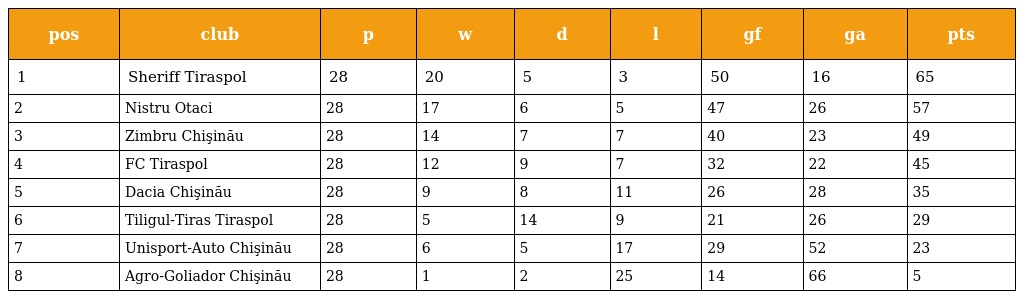
| pos | club | p | w | d | l | gf | ga | pts |
 | --- | --- | --- | --- | --- | --- | --- | --- | --- |
 | 1 | Sheriff Tiraspol | 28 | 20 | 5 | 3 | 50 | 16 | 65 |
 | 2 | Nistru Otaci | 28 | 17 | 6 | 5 | 47 | 26 | 57 |
 | 3 | Zimbru Chişinău | 28 | 14 | 7 | 7 | 40 | 23 | 49 |
 | 4 | FC Tiraspol | 28 | 12 | 9 | 7 | 32 | 22 | 45 |
 | 5 | Dacia Chişinău | 28 | 9 | 8 | 11 | 26 | 28 | 35 |
 | 6 | Tiligul-Tiras Tiraspol | 28 | 5 | 14 | 9 | 21 | 26 | 29 |
 | 7 | Unisport-Auto Chişinău | 28 | 6 | 5 | 17 | 29 | 52 | 23 |
 | 8 | Agro-Goliador Chişinău | 28 | 1 | 2 | 25 | 14 | 66 | 5 |